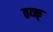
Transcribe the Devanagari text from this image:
ठव्क्